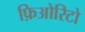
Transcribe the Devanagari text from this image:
फ़िओरिटो